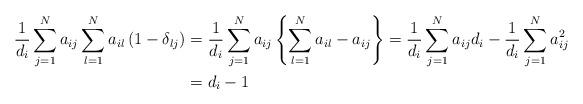
LaTeX: \begin{align*}\frac{1}{d_{i}}\sum_{j=1}^{N}a_{ij}\sum_{l=1}^{N}a_{il}\left( 1-\delta_{lj}\right) & =\frac{1}{d_{i}}\sum_{j=1}^{N}a_{ij}\left\{ \sum_{l=1}^{N}a_{il}-a_{ij}\right\} =\frac{1}{d_{i}}\sum_{j=1}^{N}a_{ij}d_{i}-\frac{1}{d_{i}}\sum_{j=1}^{N}a_{ij}^{2}\\& =d_{i}-1\end{align*}